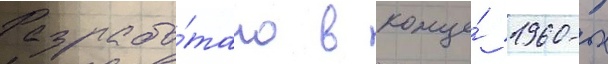
Разрабо́тано в конце́ 1960-х